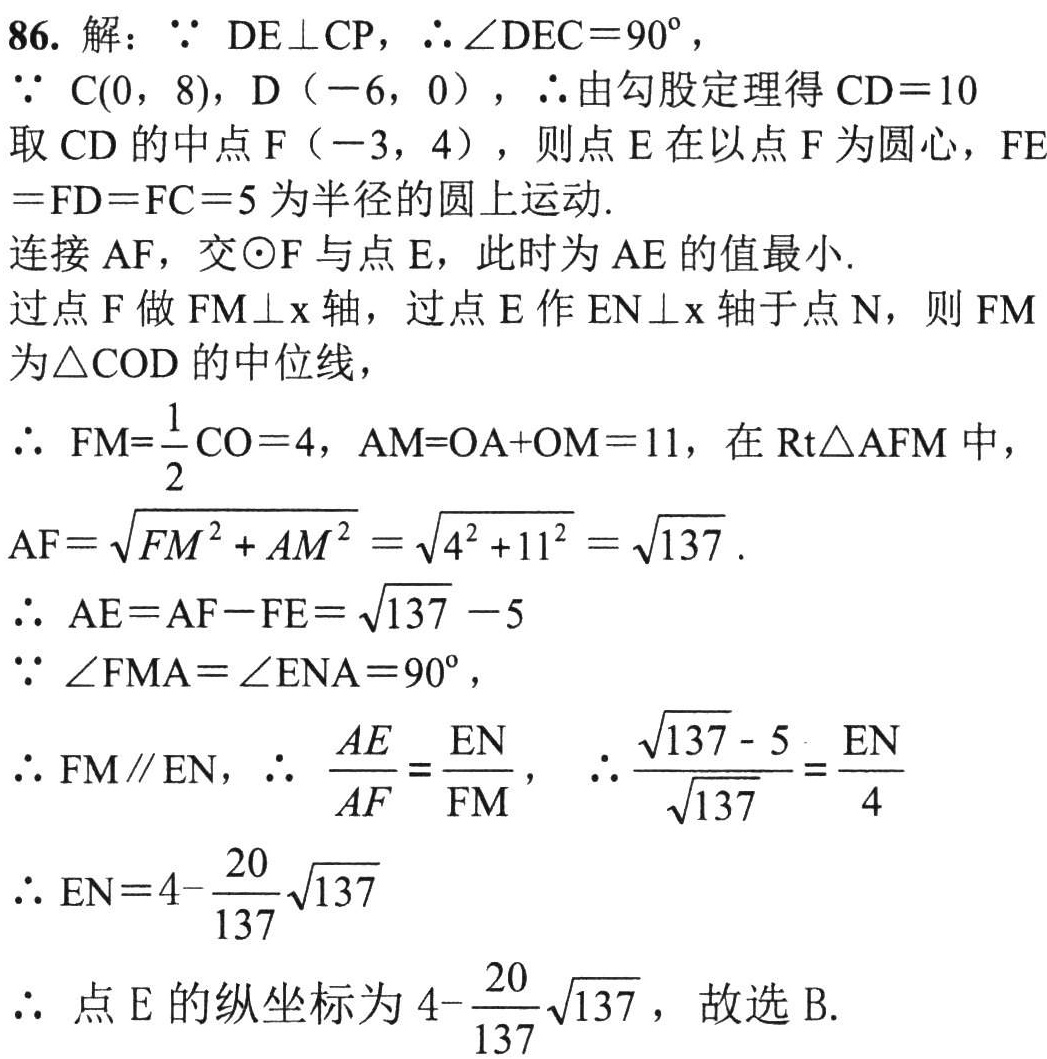
86. 解：$\because DE\perp CP$，$\therefore\angle DEC = 90^{\circ}$，
$\because C(0, 8)$，$D(-6, 0)$，$\therefore$由勾股定理得$CD = 10$
取$CD$的中点$F(-3, 4)$，则点$E$在以点$F$为圆心，$FE=FD = FC = 5$为半径的圆上运动.
连接$AF$，交$\odot F$与点$E$，此时为$AE$的值最小.
过点$F$做$FM\perp x$轴，过点$E$作$EN\perp x$轴于点$N$，则$FM$为$\triangle COD$的中位线，
$\therefore FM=\frac{1}{2}CO = 4$，$AM = OA + OM = 11$，在$Rt\triangle AFM$中，
$AF=\sqrt{FM^{2}+AM^{2}}=\sqrt{4^{2}+11^{2}}=\sqrt{137}$.
$\therefore AE = AF - FE=\sqrt{137}-5$
$\because\angle FMA=\angle ENA = 90^{\circ}$，
$\therefore FM\parallel EN$，$\therefore \frac{AE}{AF}=\frac{EN}{FM}$，$\therefore\frac{\sqrt{137}-5}{\sqrt{137}}=\frac{EN}{4}$
$\therefore EN = 4-\frac{20}{137}\sqrt{137}$
$\therefore$ 点$E$的纵坐标为$4-\frac{20}{137}\sqrt{137}$，故选 B.